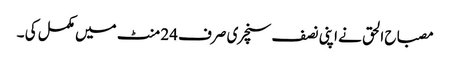
مصباح الحق نے اپنی نصف سنچری صرف 24 منٹ میں مکمل کی ۔